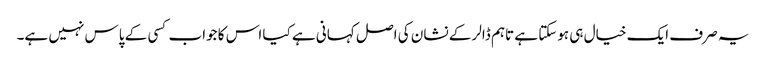
یہ صرف ایک خیال ہی ہوسکتا ہے تاہم ڈالر کے نشان کی اصل کہانی ہے کیا اس کا جواب کسی کے پاس نہیں ہے۔